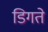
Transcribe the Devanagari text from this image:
डिगते